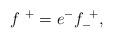
LaTeX: \begin{align*}f^{~+} = e^{-} f^{~+}_{-} , \qquad\end{align*}